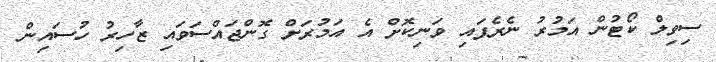
ސިވިލް ކޯޓުން އަމުރު ނެރެފައި ވަނިކޮށް އެ އަމުރަށް ގޮންޖައްސަވައި ޒާހިރު ހުސައިން